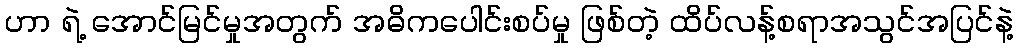
ဟာ ရဲ့ အောင်မြင်မှုအတွက် အဓိကပေါင်းစပ်မှု ဖြစ်တဲ့ ထိပ်လန့်စရာအသွင်အပြင်နဲ့